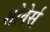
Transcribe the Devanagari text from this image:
शोवेर्स